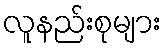
လူနည်းစုများ